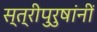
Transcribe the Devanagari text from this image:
स्त्रीपुरुषांनीं